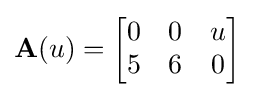
\mathbf {A} (u)={\begin{bmatrix}0&0&u\\5&6&0\\\end{bmatrix}}